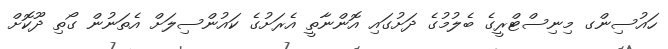
ހައުސިންގ މިނިސްޓްރީގެ ބެލުމުގެ ދަށުގައި އޮންނާތީ އެރަށުގެ ކައުންސިލަށް އެތަނުން ގޯތި ދޫކޮށް